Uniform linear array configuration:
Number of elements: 16
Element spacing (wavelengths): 0.5
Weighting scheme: exponential
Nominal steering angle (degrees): -15
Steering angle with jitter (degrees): -13.842
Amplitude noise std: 0.05
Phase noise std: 0.05

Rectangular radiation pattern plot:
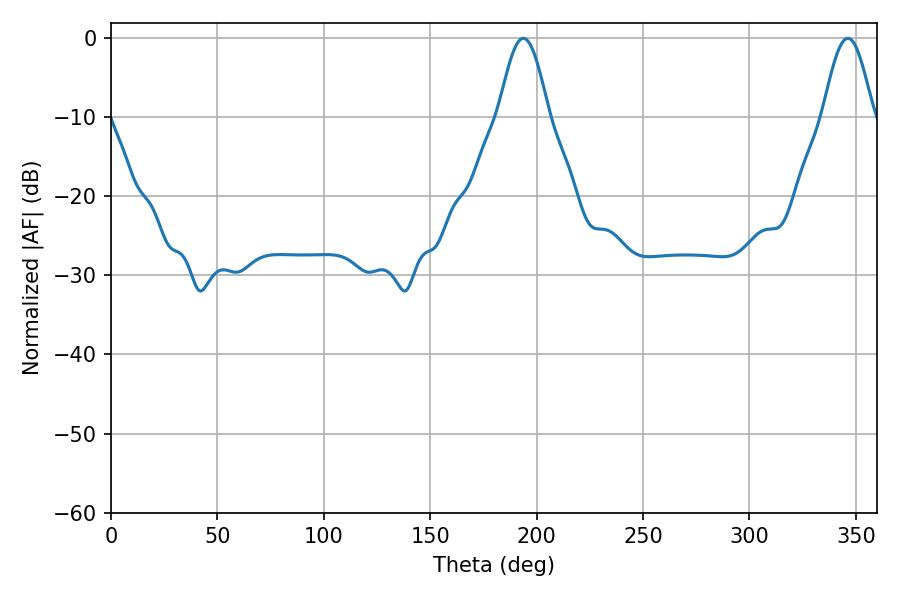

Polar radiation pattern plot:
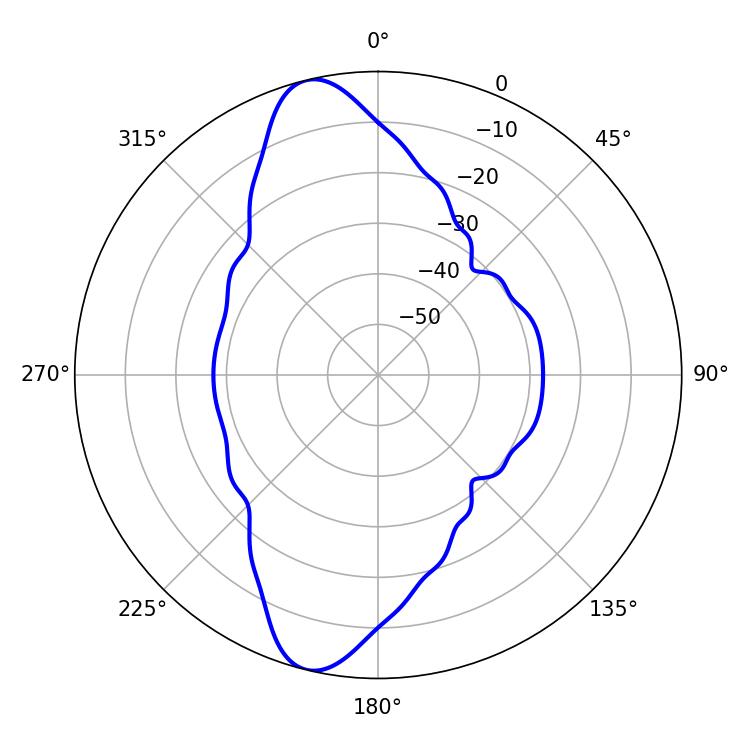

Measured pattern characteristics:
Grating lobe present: FALSE
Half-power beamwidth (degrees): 12.6
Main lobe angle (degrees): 193.68